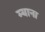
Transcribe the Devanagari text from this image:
म्याना